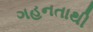
ગહનતાથી